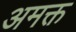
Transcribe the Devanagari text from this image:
अमक्त